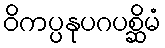
ဝိကပ္ပနုပဂပစ္ဆိမံ